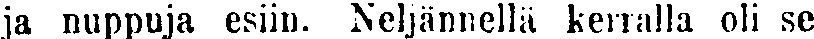
ja nuppuja esiin. Neljännellä kerralla oli se